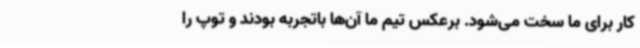
کار برای ما سخت می‌شود. برعکس تیم ما آن‌ها باتجربه بودند و توپ را